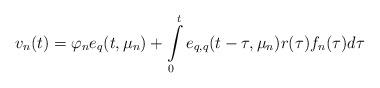
LaTeX: \begin{align*}v_{n}(t)=\varphi _{n}e_{q}(t,\mu _{n})+\int\limits_{0}^{t}e_{q,q}(t-\tau,\mu _{n})r(\tau )f_{n}(\tau )d\tau \end{align*}